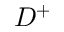
D ^ { + }